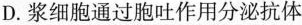
D.浆细胞通过胞吐作用分泌抗体